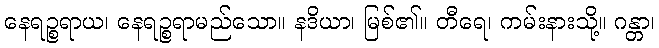
နေရဉ္စရာယ၊ နေရဉ္စရာမည်သော။ နဒိယာ၊ မြစ်၏။ တီရေ၊ ကမ်းနားသို့။ ဂန္တာ၊